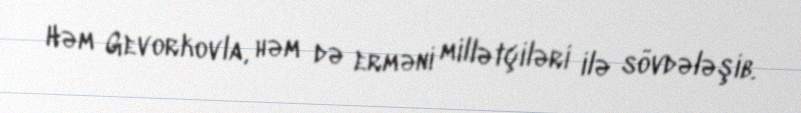
Həm Gevorkovla, həm də erməni millətçiləri ilə sövdələşib.